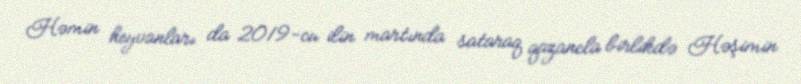
Həmin heyvanları da 2019-cu ilin martında sataraq qazancla birlikdə Həşimin